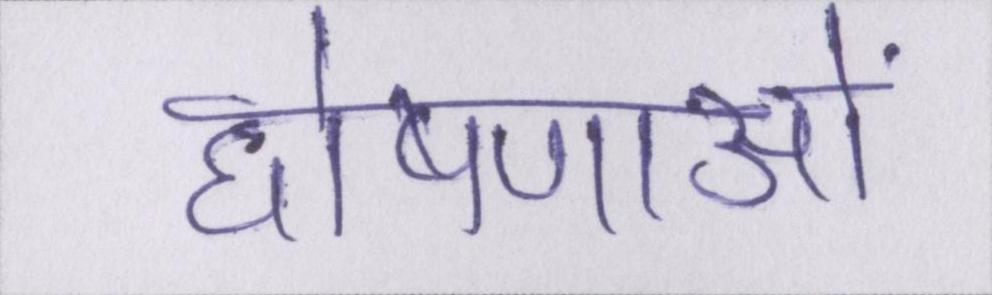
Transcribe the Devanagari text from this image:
घोषणाओं